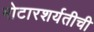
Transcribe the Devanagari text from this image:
मोटारशर्यतीची